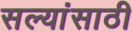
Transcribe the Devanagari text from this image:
सल्यांसाठी